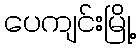
ပေကျင်းမြို့